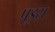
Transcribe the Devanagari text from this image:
पूइस